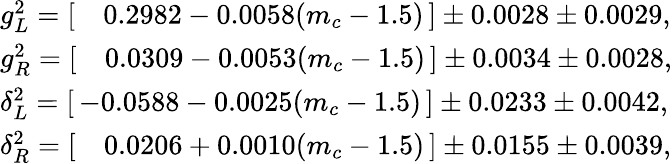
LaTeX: \begin{array}{llr}{{g_{L}^{2}=[\quad 0.2982-0.0058(m_{c}-1.5)\, ]\pm 0.0028\pm 0.0029,}}\\ {{g_{R}^{2}=[\quad 0.0309-0.0053(m_{c}-1.5)\, ]\pm 0.0034\pm 0.0028,}}\\ {{\delta_{L}^{2}=[\, -0.0588-0.0025(m_{c}-1.5)\, ]\pm 0.0233\pm 0.0042,}}\\ {{\delta_{R}^{2}=[\quad 0.0206+0.0010(m_{c}-1.5)\, ]\pm 0.0155\pm 0.0039,}}\end{array}